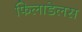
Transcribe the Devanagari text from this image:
फिलाडेलस